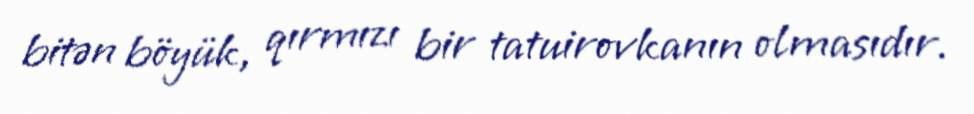
bitən böyük, qırmızı bir tatuirovkanın olmasıdır.